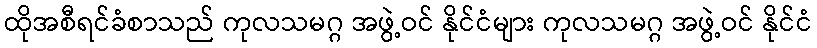
ထိုအစီရင်ခံစာသည် ကုလသမဂ္ဂ အဖွဲ့ဝင် နိုင်ငံများ ကုလသမဂ္ဂ အဖွဲ့ဝင် နိုင်ငံ